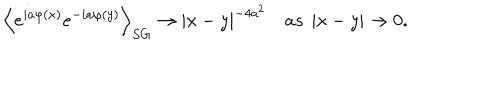
LaTeX: \left\langle e ^ { i a \varphi \left( x \right) } e ^ { - i a \varphi \left( y \right) } \right\rangle _ { S G } \rightarrow \left| x - y \right| ^ { - 4 a ^ { 2 } } \quad a s \ \left| x - y \right| \rightarrow 0 .